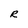
Character: R